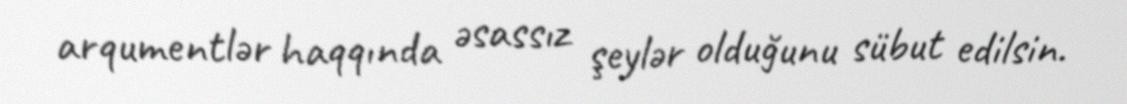
arqumentlər haqqında əsassız şeylər olduğunu sübut edilsin.